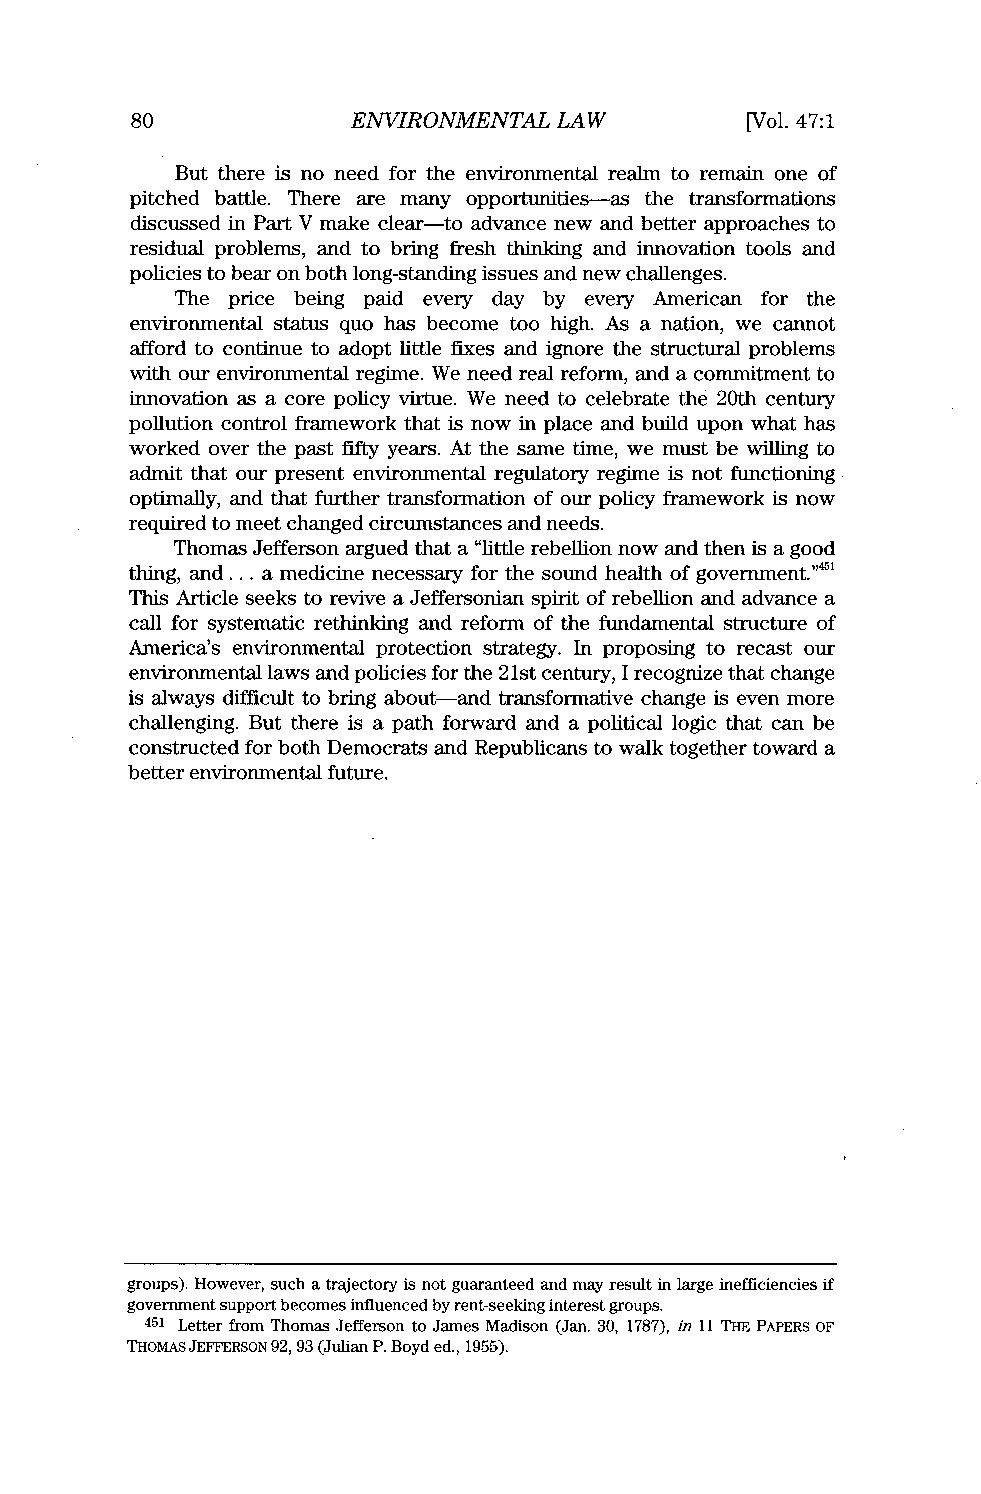
80            ENVIRONMENTAL LAW         [Vol. 47:1
 But there is no need for the environmental realm to remain one of
 pitched battle. There are many opportunities-as the transformations
 discussed in Part V make clear-to advance new and better approaches to
 residual problems, and to bring fresh thinking and innovation tools and
 policies to bear on both long-standing issues and new challenges.
 The price being paid every day by every American for the
 environmental status quo has become too high. As a nation, we cannot
 afford to continue to adopt little fixes and ignore the structural problems
 with our environmental regime. We need real reform, and a commitment to
 innovation as a core policy virtue. We need to celebrate the 20th century
 pollution control framework that is now in place and build upon what has
 worked over the past fifty years. At the same time, we must be willing to
 admit that our present environmental regulatory regime is not functioning
 optimally, and that further transformation of our policy framework is now
 required to meet changed circumstances and needs.
 Thomas Jefferson argued that a "little rebellion now and then is a good
 thing, and ... a medicine necessary for the sound health of government."'
 This Article seeks to revive a Jeffersonian spirit of rebellion and advance a
 call for systematic rethinking and reform of the fundamental structure of
 America's environmental protection strategy. In proposing to recast our
 environmental laws and policies for the 21st century, I recognize that change
 is always difficult to bring about-and transformative change is even more
 challenging. But there is a path forward and a political logic that can be
 constructed for both Democrats and Republicans to walk together toward a
 better environmental future.
 groups). However, such a trajectory is not guaranteed and may result in large inefficiencies if
 government support becomes influenced by rent-seeking interest groups.
 451 Letter from Thomas Jefferson to James Madison (Jan. 30, 1787), in 11 THE PAPERS OF
 THOMAS JEFFERSON 92, 93 (Julian P. Boyd ed., 1955).